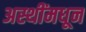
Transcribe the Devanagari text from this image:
अस्थींमधून